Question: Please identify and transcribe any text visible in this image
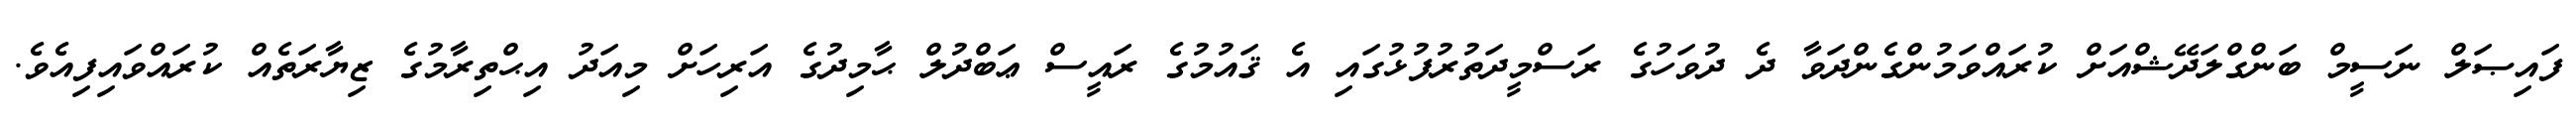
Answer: ފައިޞަލް ނަސީމް ބަންގްލަދޭޝްއަށް ކުރައްވަމުންގެންދަވާ ދެ ދުވަހުގެ ރަސްމީދަތުރުފުޅުގައި އެ ޤައުމުގެ ރައީސް ޢަބްދުލް ޙާމިދުގެ އަރިހަށް މިއަދު އިޙްތިރާމުގެ ޒިޔާރަތެއް ކުރައްވައިފިއެވެ.